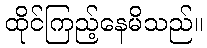
ထိုင်ကြည့်နေမိသည်။